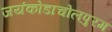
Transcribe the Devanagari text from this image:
जयंकोडाचोलपुरम